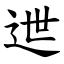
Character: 迣